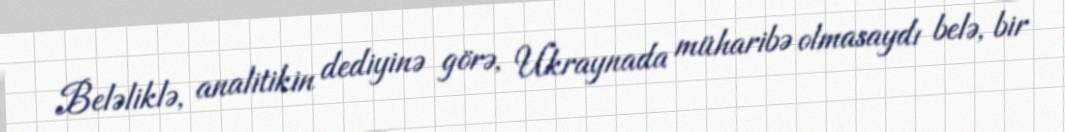
Beləliklə, analitikin dediyinə görə, Ukraynada müharibə olmasaydı belə, bir